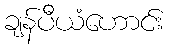
ချန်ပီယံဟောင်း